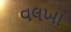
વલખા